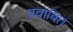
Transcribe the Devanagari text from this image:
प्रवाबित